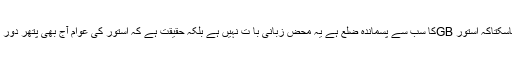
اس بات سے بھی انکار نہیں کیا جاسکتاکہ استور GBکا سب سے پسماندہ ضلع ہے یہ محض زبانی با ت نہیں ہے بلکہ حقیقت ہے کہ استور کی عوام آج بھی پتھر دور کی زندگی گزارنے پر مجبور ہیں۔